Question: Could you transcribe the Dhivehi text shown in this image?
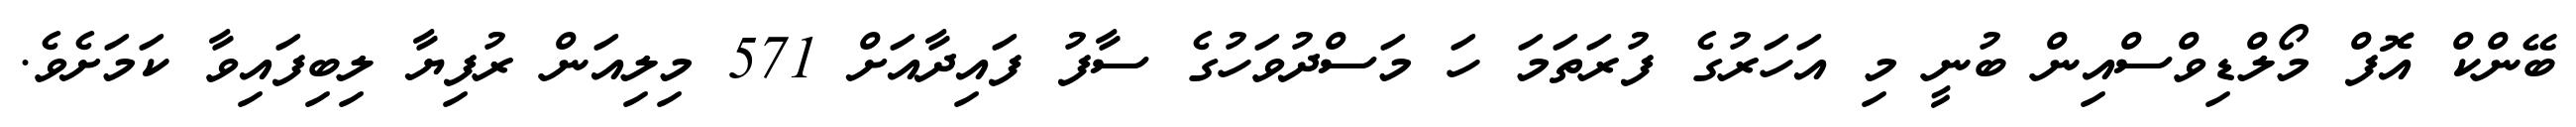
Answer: ބޭންކް އޮފް މޯލްޑިވްސްއިން ބުނީ މި އަހަރުގެ ފުރަތަމަ ހަ މަސްދުވަހުގެ ސާފު ފައިދާއަށް 571 މިލިއަން ރުފިޔާ ލިބިފައިވާ ކަމަށެވެ.